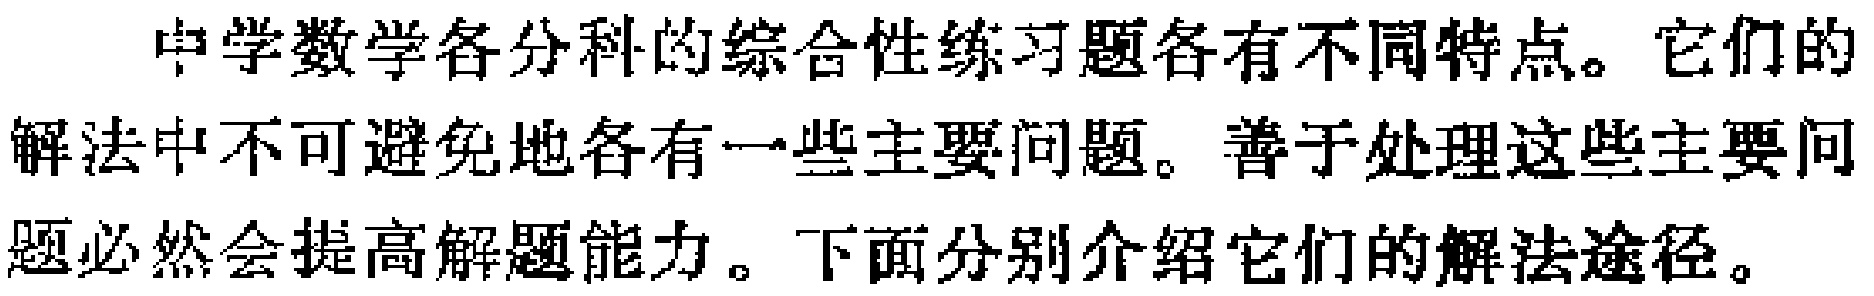
中学数学各分科的综合性练习题各有不同特点。它们的解法中不可避免地各有一些主要问题。善于处理这些主要问题必然会提高解题能力。下面分别介绍它们的解法途径。